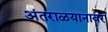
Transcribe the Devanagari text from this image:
अंतराळयानावर